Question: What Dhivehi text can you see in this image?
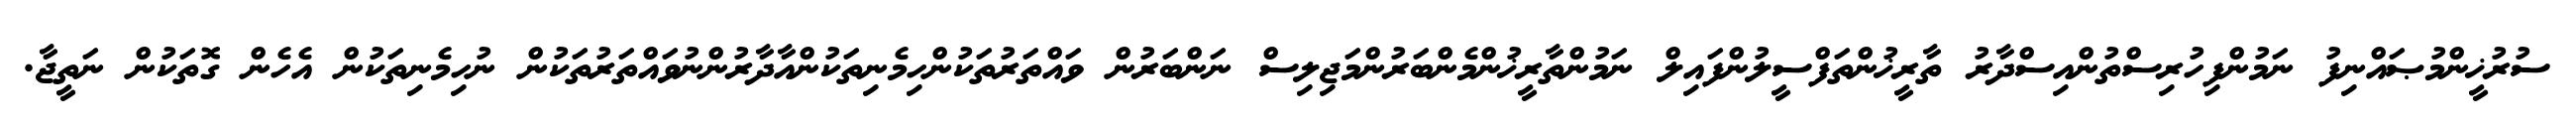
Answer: ސުރުޚީންމުޞައްނިފު ނަމުންފިހުރިސްތުންއިސްދާރު ތާރީޚުންތަފްސީލުންފައިލް ނަމުންތާރީޚުންމެންބަރުންމަޖިލިސް ނަންބަރުން ވައްތަރުތަކުންހިމެނިތަކުންއާދާރުންނުވައްތަރުތަކުން ނުހިމެނިތަކުން އެހެން ގޮތަކުން ނަތީޖާ.